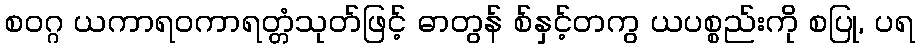
စဝဂ္ဂ ယကာရဝကာရတ္တံသုတ်ဖြင့် ဓာတွန် စ်နှင့်တကွ ယပစ္စည်းကို စပြု, ပရ